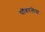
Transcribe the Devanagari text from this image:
पॉवरलेस